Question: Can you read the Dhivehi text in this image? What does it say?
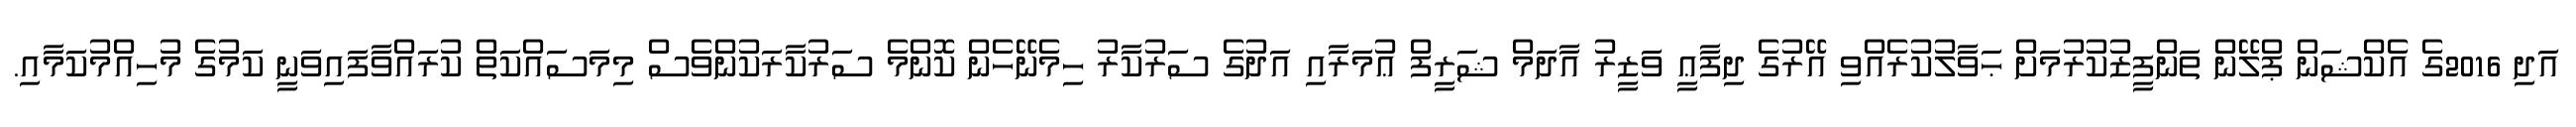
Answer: އަދި 2016ގެ އެކްޝަން ޕްލޭން ތަންފީޒުކުރުމަށް ޙަވާލުކުރެއްވި އޭރުގެ ދިފާޢީ ވަޒީރު އާދަމް ޝަރީފް ޢުމަރާއި އަދުގެ ސަރުކާރު ހިމެނޭހެން ކޮންމެ ސަރުކާރަކުންވެސް މިމަސައްކަތް ކުރައްވާފައިވަނީ ކަމުގެ މުހިއްމުކަމާއި.